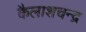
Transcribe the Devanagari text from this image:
कैलाशचन्द्र